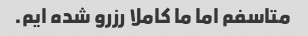
متاسفم اما ما کاملا رزرو شده ایم.